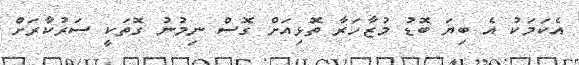
އެކަމަކު އެ ބިޔަ ބޮޑު މުޒާހަރާ ތޮޅިއަށް ގޮސް ނިމުނު ގޮތަކީ ސަރުކާރަށް